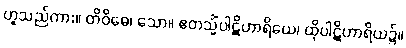
ဟူသည်ကား။ တိဝိဓေ၊ သော။ ဧတသ္မိံပါဋိဟာရိယေ၊ ထိုပါဋိဟာရိယ၌။